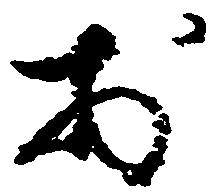
於